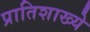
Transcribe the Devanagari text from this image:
प्रातिशाख्ये